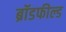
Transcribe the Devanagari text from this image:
ब्रॉडफील्ड